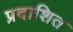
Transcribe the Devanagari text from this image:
प्रदाशित